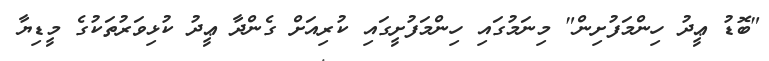
"ބޮޑު ޢީދު ހިންމަފުށިން" މިނަމުގައި ހިންމަފުށީގައި ކުރިއަށް ގެންދާ ޢީދު ކުޅިވަރުތަކުގެ މީޑިޔާ